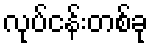
လုပ်ငန်းတစ်ခု